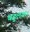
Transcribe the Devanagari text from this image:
बहुलक।